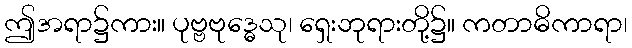
ဤအရာ၌ကား။ ပုဗ္ဗဗုဒ္ဓေသု၊ ရှေးဘုရားတို့၌။ ကတာဓိကာရာ၊